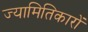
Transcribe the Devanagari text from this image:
ज्यामितिकारों